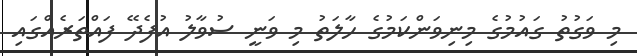
މި ވަގުތު ގައުމުގެ މިނިވަންކަމުގެ ހާލަތު މި ވަނީ ސުވާލު އުފެދޭ ފައްތަރެއްގައި